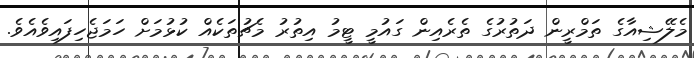
މެލޭޝިއާގެ ތަމްރީން ދަތުރުގެ ތެރެއިން ގައުމީ ޓީމު އިތުރު މެޗުތަކެއް ކުޅުމަށް ހަމަޖެހިފައިވެއެވެ.